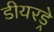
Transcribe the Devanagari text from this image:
डीयरड्रे